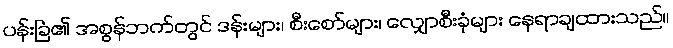
ပန်းခြံ၏ အစွန်ဘက်တွင် ဒန်းများ၊ စီးစော်များ၊ လျှောစီးခုံများ နေရာချထားသည်။